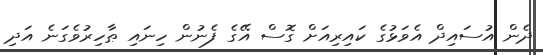
ދެން އުސައިދް އެވަޅުގެ ކައިރިއަށް ގޮސް އޭގެ ފެނުން ހިނައި ޠާހިރުވެގަނެ އަދި